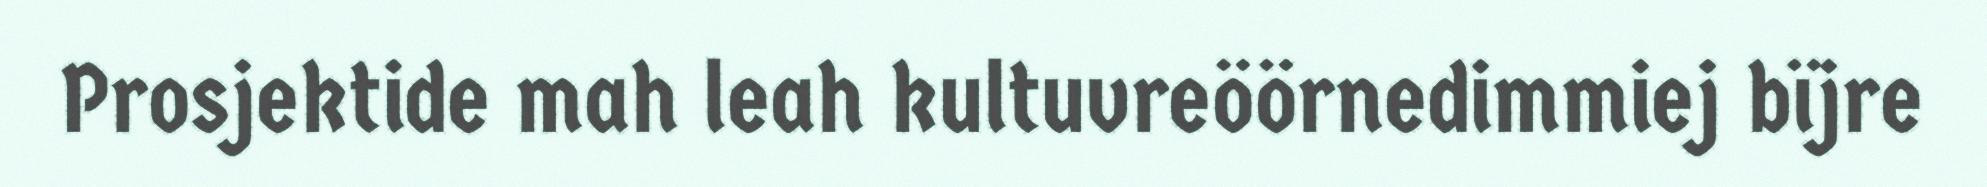
Prosjektide mah leah kultuvreöörnedimmiej bïjre